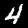
Digit: 4